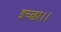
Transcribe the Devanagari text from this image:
इच्‍छा।।